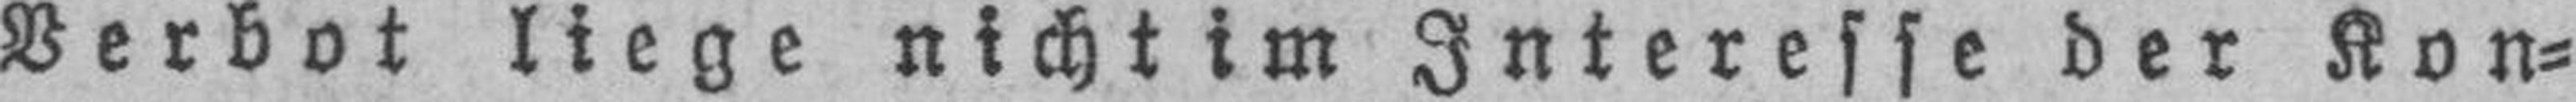
Verbot liege nichtim Interesse der Kon¬